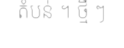
តំបន់ ។ ថ្មី ៗ